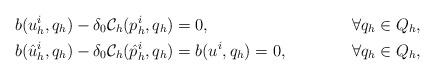
LaTeX: \begin{align*}b(u_h^i, q_h) - \delta_0\mathcal{C}_h(p_h^i, q_h) &= 0, && \forall q_h \in Q_h,\\b(\hat{u}_h^i, q_h) - \delta_0\mathcal{C}_h(\hat{p}_h^i, q_h) & = b(u^i, q_h) =0, && \forall q_h\in Q_h,\end{align*}